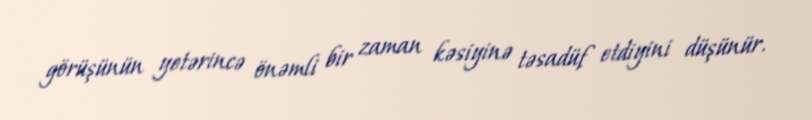
görüşünün yetərincə önəmli bir zaman kəsiyinə təsadüf etdiyini düşünür.